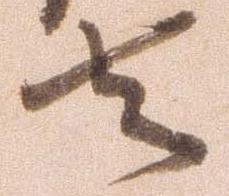
去